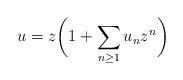
LaTeX: \begin{gather*}u=z\bigg(1+\sum\limits_{n\ge1}u_nz^n\bigg)\end{gather*}